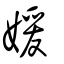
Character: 媛